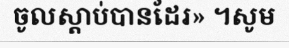
ចូលស្តាប់បានដែរ» ។សូម